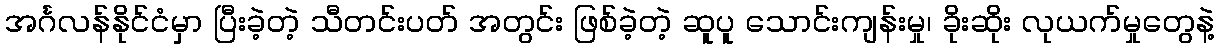
အင်္ဂလန်နိုင်ငံမှာ ပြီးခဲ့တဲ့ သီတင်းပတ် အတွင်း ဖြစ်ခဲ့တဲ့ ဆူပူ သောင်းကျန်းမှု၊ ခိုးဆိုး လုယက်မှုတွေနဲ့